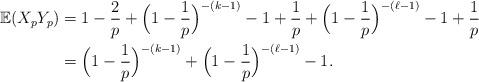
LaTeX: \begin{align*}\mathbb{E}(X_p Y_p) & = 1-\frac{2}{p} + \Big( 1-\frac{1}{p} \Big)^{-(k-1)} -1 + \frac{1}{p} +\Big( 1-\frac{1}{p} \Big)^{-(\ell-1)} -1 + \frac{1}{p} \\& = \Big( 1-\frac{1}{p} \Big)^{-(k-1)} + \Big( 1-\frac{1}{p} \Big)^{-(\ell-1)} -1.\end{align*}